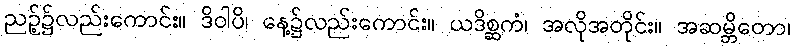
ညဉ့်၌လည်းကောင်း။ ဒိဝါပိ၊ နေ့၌လည်းကောင်း။ ယဒိစ္ဆကံ၊ အလိုအတိုင်း။ အဆမ္ဘိတော၊